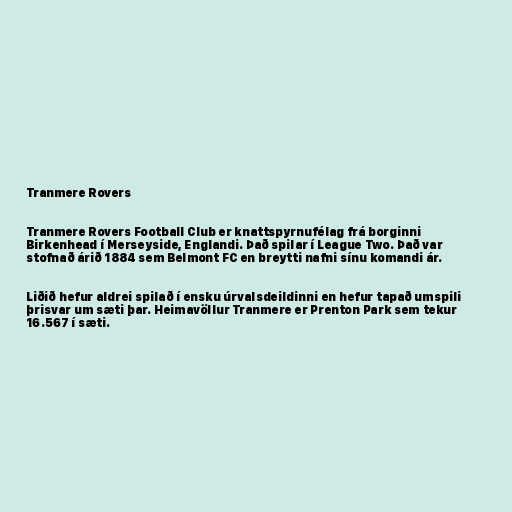
Tranmere Rovers

Tranmere Rovers Football Club er knattspyrnufélag frá borginni
Birkenhead í Merseyside, Englandi. Það spilar í League Two. Það var
stofnað árið 1884 sem Belmont FC en breytti nafni sínu komandi ár.

Liðið hefur aldrei spilað í ensku úrvalsdeildinni en hefur tapað umspili
þrisvar um sæti þar. Heimavöllur Tranmere er Prenton Park sem tekur
16.567 í sæti.